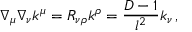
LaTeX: \nabla _ { \mu } \nabla _ { \nu } k ^ { \mu } = R _ { \nu \rho } k ^ { \rho } = \frac { D - 1 } { l ^ { 2 } } k _ { \nu } \, ,